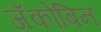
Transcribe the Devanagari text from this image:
जॅकोबिन